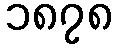
၁၈၇၈